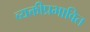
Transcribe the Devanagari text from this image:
व्यक्तीप्रभावित